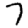
Digit: 7